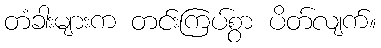
တံခါးများက တင်းကြပ်စွာ ပိတ်လျက်။